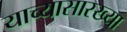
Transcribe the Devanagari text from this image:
याच्यासारख्या